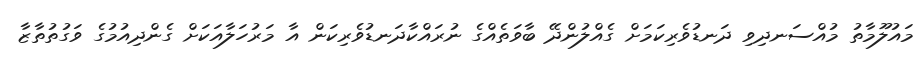
މައުލޫމާތު މުއްސަނދިވި ދަނޑުވެރިކަމަށް ގެއްލުންދޭ ބާވަތެެއްގެ ނުރައްކާދަނޑުވެރިކަން އާ މަރުހަލާއަކަށް ގެންދިއުމުގެ ވަގުތުތާޒާ